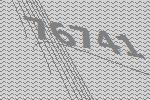
76741